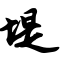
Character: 堤